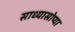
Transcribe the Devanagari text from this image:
साध्यासोप्या